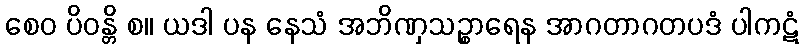
စေဝ ပိဝန္တိ စ။ ယဒါ ပန နေသံ အဘိဏှသဉ္စာရေန အာဂတာဂတပဒံ ပါကဋံ